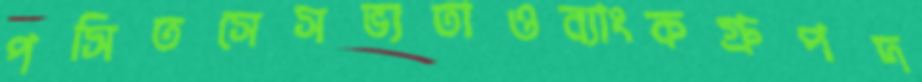
পসিতসেসভ্যতাওব্যাংকগ্রুপদ